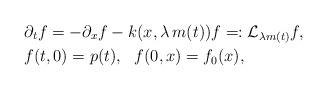
LaTeX: \begin{align*} &\partial_t f=-\partial_x f-k(x,\lambda \, m(t))f=:\mathcal{L}_{\lambda m(t)}f,\\ &f(t,0)=p(t), \ \ f(0,x)=f_0(x), \end{align*}